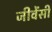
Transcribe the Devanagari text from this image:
जीवेंसीं